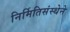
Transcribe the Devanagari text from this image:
निर्मितिसंस्थेने